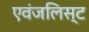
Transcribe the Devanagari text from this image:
एवंजलिस्ट